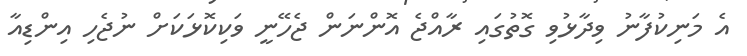
އެ މަނިކުފާނު ވިދާޅުވި ގޮތުގައި ރާއްޖެ އޮންނަން ޖެހޭނީ ވަކިކޮޅަކަށް ނުޖެހި އިންޑިއާ